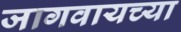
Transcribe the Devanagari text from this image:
जागवायच्या